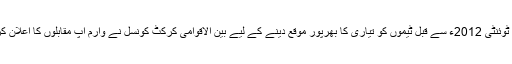
سال کے سب سے بڑے ٹورنامنٹ آئی سی سی ورلڈ ٹی ٹوئنٹی 2012ء سے قبل ٹیموں کو تیاری کا بھرپور موقع دینے کے لیے بین الاقوامی کرکٹ کونسل نے وارم اپ مقابلوں کا اعلان کر دیا ہے جس میں ایک پاک-بھارت میچ بھی شامل ہے۔